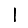
Digit: 1